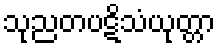
သုညတပဋိသံယုတ္တာ